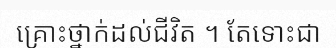
គ្រោះថ្នាក់ដល់ជីវិត ។ តែទោះជា